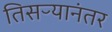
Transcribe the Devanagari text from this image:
तिसऱ्यानंतर